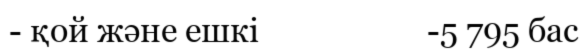
- қой және ешкі                     -5 795 бас